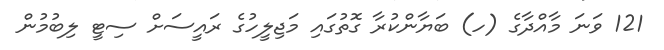
121 ވަނަ މާއްދާގެ (ހ) ބަޔާންކުރާ ގޮތުގައި މަޖިލީހުގެ ރައީސަށް ސިޓީ ލިބުމުން